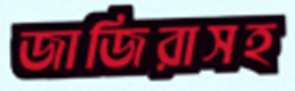
জাজিরাসহ